Madras plague regulations in force outside the Presidency town - Volume 3
Disease focus: Plague
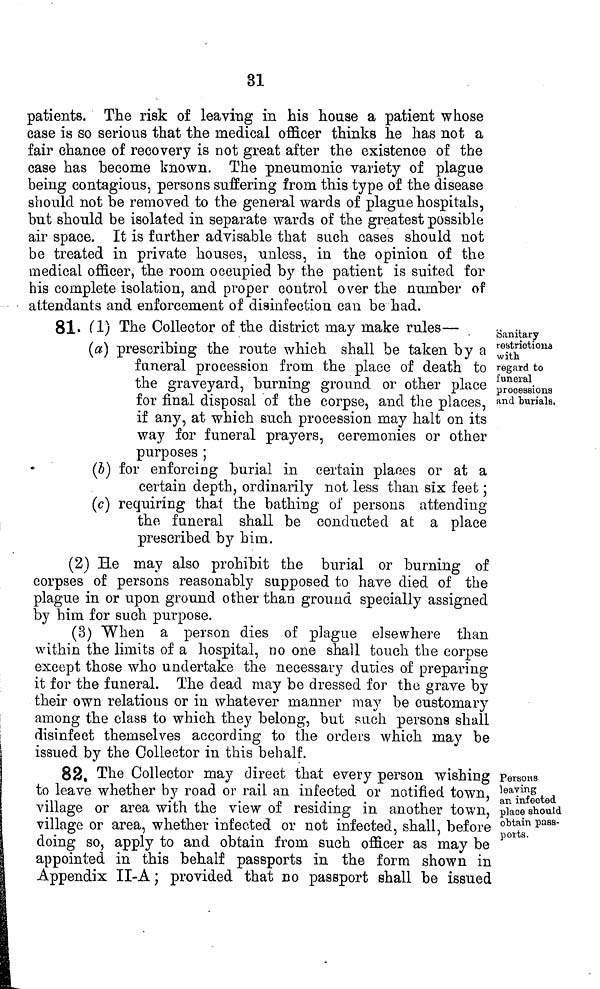
31
patients. The risk of leaving in his house a patient whose
case is so serious that the medical officer thinks he has not a
fair chance of recovery is not great after the existence of the
case has become known. The pneumonic variety of plague
being contagious, persons suffering from this type of the disease
should not be removed to the general wards of plague hospitals,
but should be isolated in separate wards of the greatest possible
air space. It is farther advisable that such cases should not
be treated in private houses, unless, in the opinion of the
medical officer, the room occupied by the patient is suited for
his complete isolation, and proper control over the number of
attendants and enforcement of disinfection can be had.
81. (1) The Collector of the district may make rules—
Sanitary
restrictions
with
regard to
funeral
processions
and burials.
(a) prescribing the route which shall be taken by a
funeral procession from the place of death to
the graveyard, burning ground or other place
for final disposal of the corpse, and the places,
if any, at which such procession may halt on its
way for funeral prayers, ceremonies or other
purposes ;
(b) for enforcing burial in certain places or at a
certain depth, ordinarily not less than six feet ;
(c) requiring that the bathing of persons attending
the funeral shall be conducted at a place
prescribed by him.
(2) He may also prohibit the burial or burning of
corpses of persons reasonably supposed to have died of the
plague in or upon ground other than ground specially assigned
by him for such purpose.
(3) When a person dies of plague elsewhere than
within the limits of a hospital, no one shall touch the corpse
except those who undertake the necessary duties of preparing
it for the funeral. The dead may be dressed for the grave by
their own relations or in whatever manner may be customary
among the class to which they belong, but such persons shall
disinfect themselves according to the orders which may be
issued by the Collector in this behalf.
Persons
leaving
an infected
place should
obtain pass-
ports.
82, The Collector may direct that every person wishing
to leave whether by road or rail an infected or notified town,
village or area with the view of residing in another town,
village or area, whether infected or not infected, shall, before
doing so, apply to and obtain from such officer as may be
appointed in this behalf passports in the form shown in
Appendix II-A ; provided that no passport shall be issued